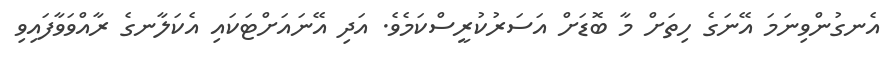
އެނގުންވިނަމަ އޭނަގެ ހިތަށް މާ ބޮޑަށް އަސަރުކުރީސްކަމެވެ. އަދި އޭނައަށްޓަކައި އެކަލާނގެ ރާއްވަވާފައިވި